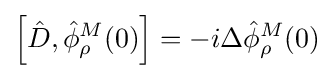
\left[{\hat {D}},{\hat {\phi }}_{\rho }^{M}(0)\right]=-i\Delta {\hat {\phi }}_{\rho }^{M}(0)